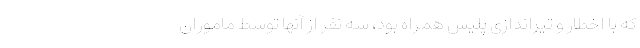
که با اخطار و تیراندازی پلیس همراه بود، سه نفر از آنها توسط ماموران